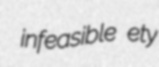
infeasible ety